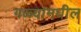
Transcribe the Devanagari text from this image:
गळ्यामधील